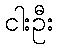
ငါးဦး